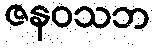
ဇနဝသဘ